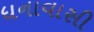
ધનાવાસી